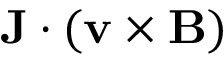
{ \bf J } \cdot ( { \bf v } \times { \bf B } )